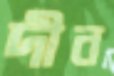
দীন